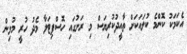
އެކަމަކު ކޮންމެ ކުލައަކަށް ތާއީދުކުރިޔަސް މި ރަށުގައި ހޮސްޕިޓަލާ މެދު ހުރީ މުޅިން